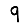
Digit: 9